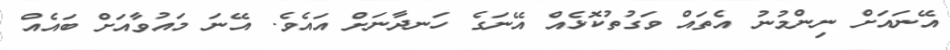
އޭނައަށް ނިންމުނު އެތައް ވަގުތުކޮޅެއް އޭނަގެ ހަނދާނަށް އައެވެ. އޭނަ މައުވާއަށް ބައެއް